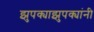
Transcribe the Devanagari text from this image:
झुपक्याझुपक्यांनी